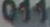
011